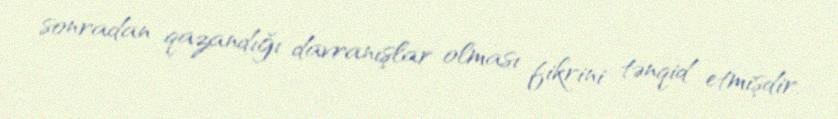
sonradan qazandığı davranışlar olması fikrini tənqid etmişdir.